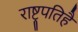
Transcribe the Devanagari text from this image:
राष्ट्रपतिहै